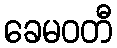
ခေမဝတီ